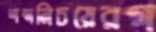
শব্দনিচয়েরগ